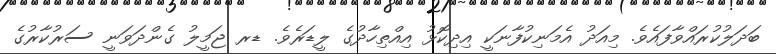
ބަދަލުކުރައްވާފައެވެ. މިއަދު އެމަނިކުފާނަކީ އިދިކޮޅު އިއްތިހާދުގެ ލީޑަރެވެ. ޑރ ޖަމީލު ގެންދަވަނީ ސަރުކާރުގެ